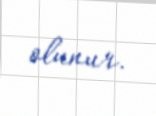
olunur.